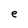
Character: e